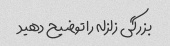
بزرگی زلزله را توضیح دهید